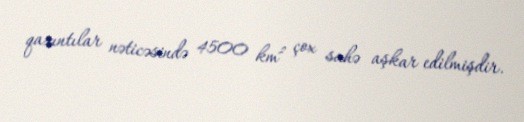
qazıntılar nəticəsində 4500 km² çox sahə aşkar edilmişdir.